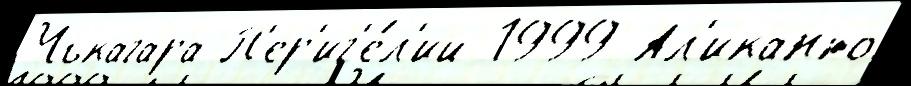
Чъкагара П'ер'иг'е́л'ий 1999 Ал'иканто